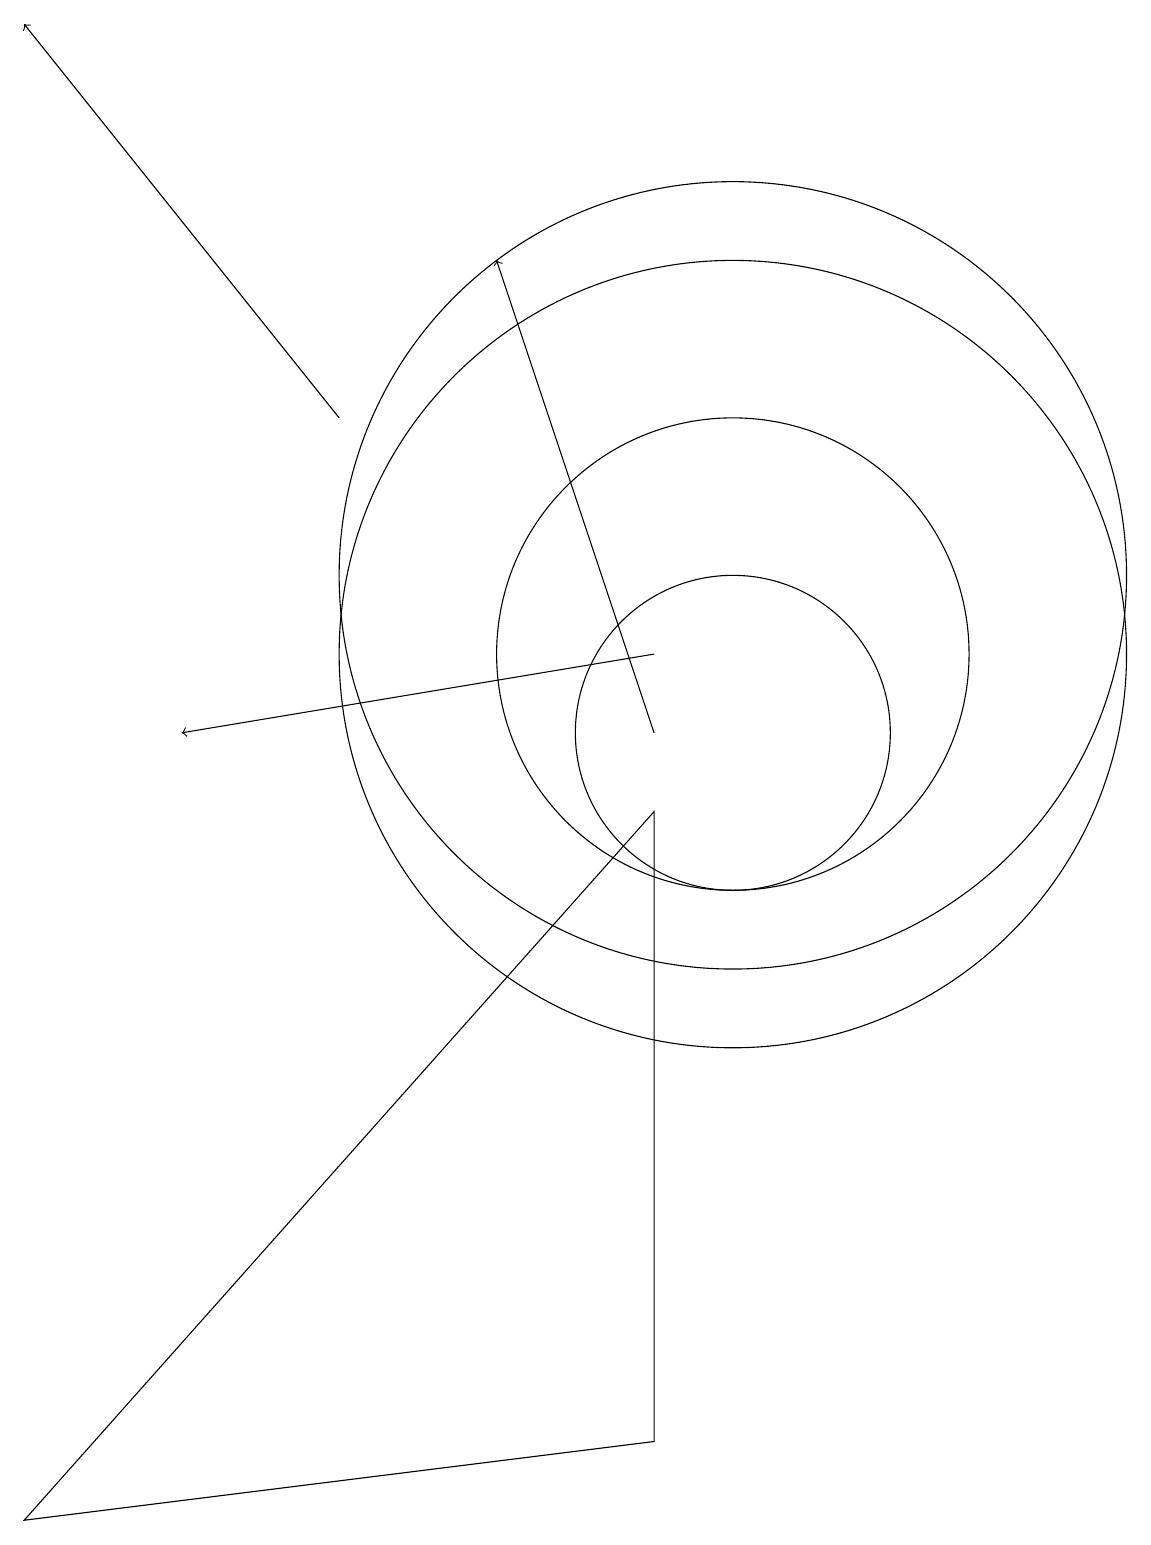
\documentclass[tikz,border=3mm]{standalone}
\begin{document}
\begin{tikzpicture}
\draw (1,0) -- (9,1) -- (9,9) -- cycle;
\draw (10,11) circle (5);
\draw[->] (9,11) -- (3,10);
\draw[->] (9,10) -- (7,16);
\draw (10,12) circle (5);
\draw (10,10) circle (2);
\draw (10,11) circle (3);
\draw[->] (5,14) -- (1,19);
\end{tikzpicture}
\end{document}